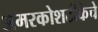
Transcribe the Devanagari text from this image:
अमरकोशटीकेचे